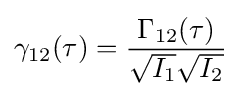
\gamma _{12}(\tau )={\frac {\Gamma _{12}(\tau )}{{\sqrt {I_{1}}}{\sqrt {I_{2}}}}}